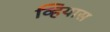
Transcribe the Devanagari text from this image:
व्हियास